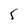
Character: 5